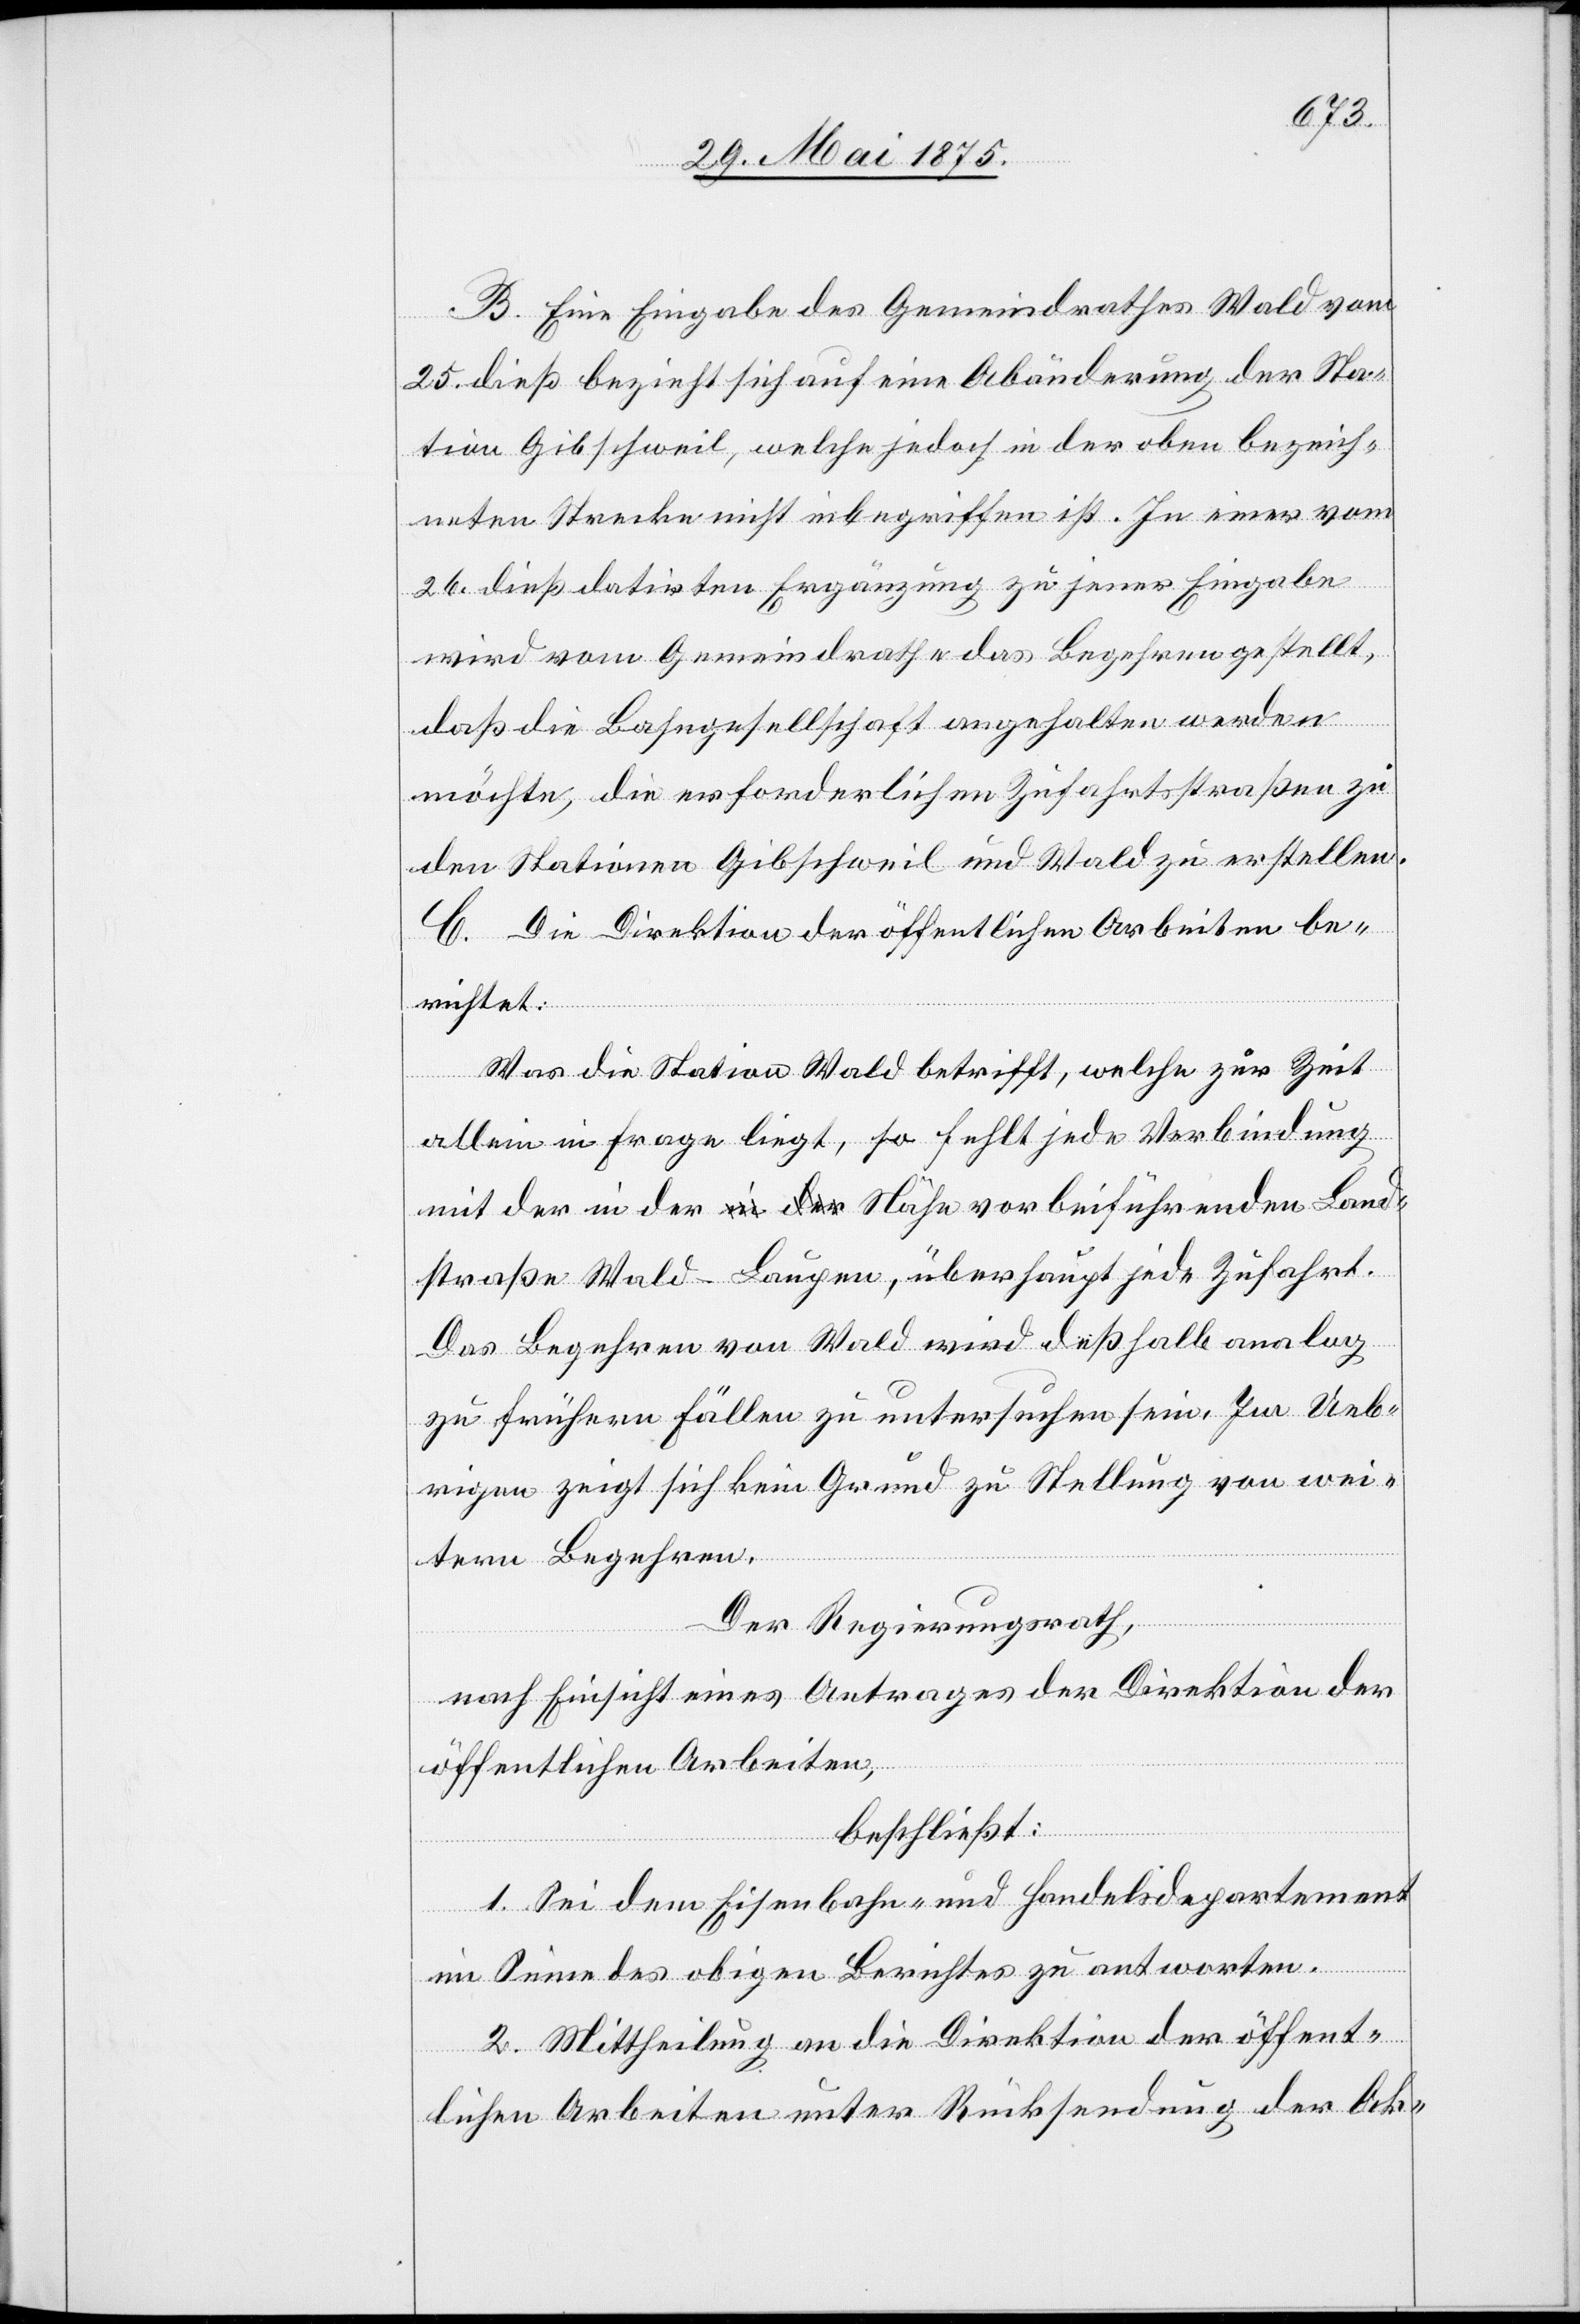
B. Eine Eingabe des Gemeindrathes Wald vom
25. dieß. bezieht sich auf eine Abänderung der Sta¬
tion Gischweil, welche jedoch in der oben bezeich¬
neten Stracke nicht inbegriffen ist. In einer vom
26. dieß datirten Ergänzung zu jener Eingabe
wird vom Gemeindrathe das Begehren gestellt,
daß die Bahngesellschaft angehalten werden
möchte, die erforderlichen Zufahrtstraßen zu
den Stationen Gischweil und Wald zu erstellen.
C. Die Direktion der öffentlichen Arbeiten be¬
richtet:
Was die Station Wald betrifft, welche zur Zeit
allein in Frage liegt, so fehlt jede Verbindung
mit der in der Nähe vorbeiführenden Land¬
straße Wald–Laupen, überhaupt jede Zufahrt.
Das Begehren von Wald wird deßhalb analog
zu frühern Fällen zu untersuchen sein. Im Ueb¬
rigen zeigt sich kein Grund zu Stellung von wei¬
tern Begehren.
Der Regierungsrath,
nach Einsicht eines Antrages der Direktion der
öffentlichen Arbeiten,
beschließt:
1. Sei dem Eisenbahn- und Handelsdepartement
im Sinne des obigen Berichtes zu antworten.
2. Mittheilung an die Direktion der öffent¬
lichen Arbeiten unter Rücksendung der Ak-